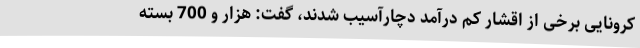
کرونایی برخی از اقشار کم درآمد دچارآسیب شدند، گفت: هزار و 700 بسته